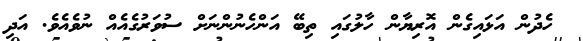
ހެދުން އަޅައިގެން އޮރިޔާން ހާލުގައި ތިބޭ އަންހެނުންނަށް ސުވަރުގެއެއް ނުވެއެވެ. އަދި